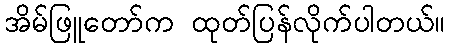
အိမ်ဖြူတော်က ထုတ်ပြန်လိုက်ပါတယ်။